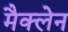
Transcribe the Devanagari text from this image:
मैक्‍लेन